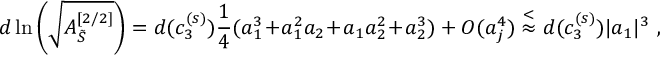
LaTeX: d \ln \left( \sqrt { { \cal A } _ { \tilde { S } } ^ { [ 2 / 2 ] } } \right) = d ( c _ { 3 } ^ { ( s ) } ) \frac { 1 } { 4 } ( a _ { 1 } ^ { 3 } \! + \! a _ { 1 } ^ { 2 } a _ { 2 } \! + \! a _ { 1 } a _ { 2 } ^ { 2 } \! + \! a _ { 2 } ^ { 3 } ) + { \cal O } ( a _ { j } ^ { 4 } ) \stackrel { < } { \approx } d ( c _ { 3 } ^ { ( s ) } ) | a _ { 1 } | ^ { 3 } \ ,